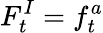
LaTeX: F_{t}^{I}=f_{t}^{a}